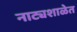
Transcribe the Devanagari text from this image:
नाट्यशाळेत